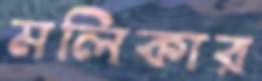
মলিকার